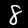
Digit: 8